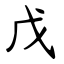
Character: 戊